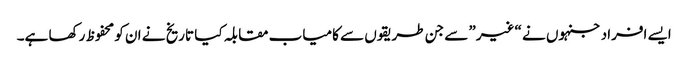
ایسے افراد جنہوں نے “غیر” سے جن طریقوں سے کامیاب مقابلہ کیا تاریخ نے ان کو محفوظ رکھا ہے۔